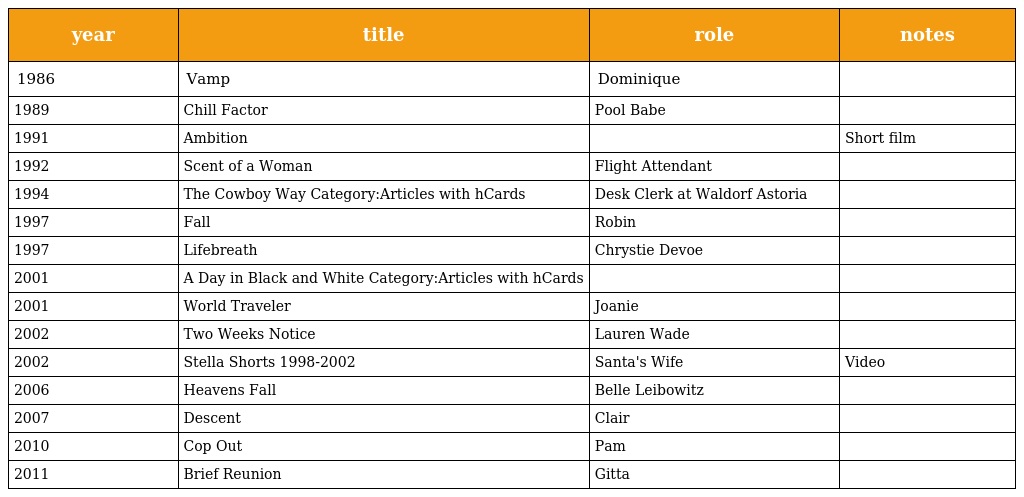
| year | title | role | notes |
 | --- | --- | --- | --- |
 | 1986 | Vamp | Dominique |  |
 | 1989 | Chill Factor | Pool Babe |  |
 | 1991 | Ambition |  | Short film |
 | 1992 | Scent of a Woman | Flight Attendant |  |
 | 1994 | The Cowboy Way Category:Articles with hCards | Desk Clerk at Waldorf Astoria |  |
 | 1997 | Fall | Robin |  |
 | 1997 | Lifebreath | Chrystie Devoe |  |
 | 2001 | A Day in Black and White Category:Articles with hCards |  |  |
 | 2001 | World Traveler | Joanie |  |
 | 2002 | Two Weeks Notice | Lauren Wade |  |
 | 2002 | Stella Shorts 1998-2002 | Santa's Wife | Video |
 | 2006 | Heavens Fall | Belle Leibowitz |  |
 | 2007 | Descent | Clair |  |
 | 2010 | Cop Out | Pam |  |
 | 2011 | Brief Reunion | Gitta |  |